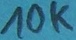
Text: 10K